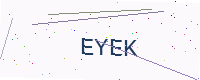
Text: EYEK